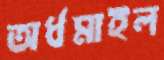
অর্ধমাইল